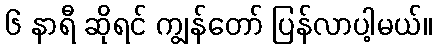
၆ နာရီ ဆိုရင် ကျွန်တော် ပြန်လာပါ့မယ်။